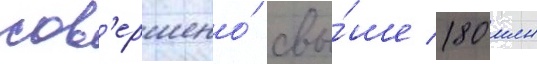
сов'ершено́ свы́ше 180 млн